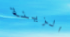
الزينة